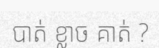
បាត់ ខ្លាច គាត់ ?